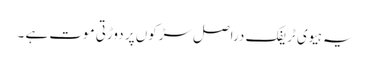
یہ ہیوی ٹریفک دراصل سڑکوں پر دوڑتی موت ہے ۔